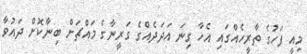
މިއީ ފަހުގެ ތާރީހެއްގައި އެހާ ގިނަ އަދަދެއްގެ ގަރީނާގެ މައްޗަށް ބިނާކޮށް ދައުވާ